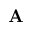
\mathbf { A }